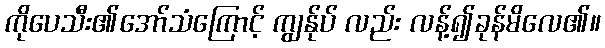
ကိုပေသီး၏အော်သံကြောင့် ကျွန်ုပ် လည်း လန့်၍ခုန်မိလေ၏။